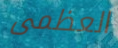
العظمى